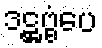
ဒဋ္ဌဗ္ဗံပေ